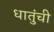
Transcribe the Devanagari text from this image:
धातुंची